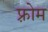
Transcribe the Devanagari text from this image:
फ़्रोम